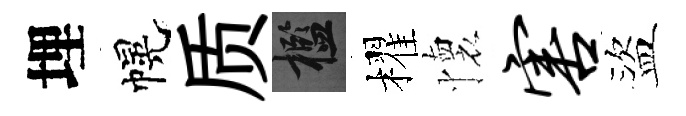
埋幌质檻櫂懷害盜